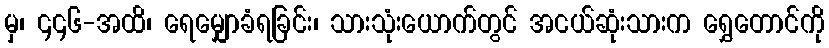
မှ၊ ၄၄၆-အထိ၊ ရေမျှောခံရခြင်း၊ သားသုံးယောက်တွင် အငယ်ဆုံးသားက ရွှေတောင်ကို